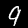
Digit: 9